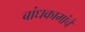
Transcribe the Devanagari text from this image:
बांधकामांचे